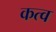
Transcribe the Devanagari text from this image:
कत्व